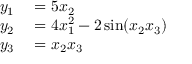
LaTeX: \begin{array} { r l } { y _ { 1 } } & { { } = 5 x _ { 2 } } \\ { y _ { 2 } } & { { } = 4 x _ { 1 } ^ { 2 } - 2 \sin ( x _ { 2 } x _ { 3 } ) } \\ { y _ { 3 } } & { { } = x _ { 2 } x _ { 3 } } \end{array}